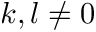
k , l \neq 0